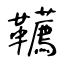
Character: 韉